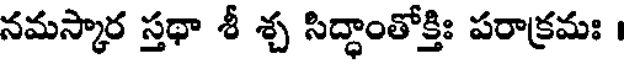
నమస్కార స్తథా శీ శ్చ సిద్ధాంతోక్తిః పరాక్రమః ।